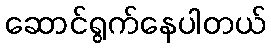
ဆောင်ရွက်နေပါတယ်